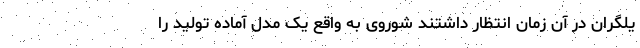
یلگران در آن زمان انتظار داشتند شوروی به واقع یک مدل آماده تولید را